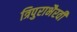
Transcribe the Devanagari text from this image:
त्रिपुराभैरवी